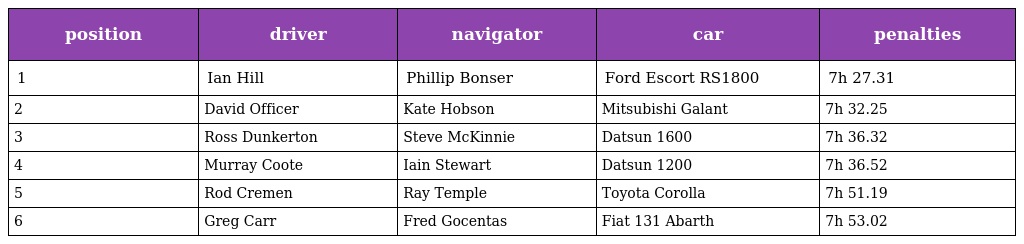
| position | driver | navigator | car | penalties |
 | --- | --- | --- | --- | --- |
 | 1 | Ian Hill | Phillip Bonser | Ford Escort RS1800 | 7h 27.31 |
 | 2 | David Officer | Kate Hobson | Mitsubishi Galant | 7h 32.25 |
 | 3 | Ross Dunkerton | Steve McKinnie | Datsun 1600 | 7h 36.32 |
 | 4 | Murray Coote | Iain Stewart | Datsun 1200 | 7h 36.52 |
 | 5 | Rod Cremen | Ray Temple | Toyota Corolla | 7h 51.19 |
 | 6 | Greg Carr | Fred Gocentas | Fiat 131 Abarth | 7h 53.02 |